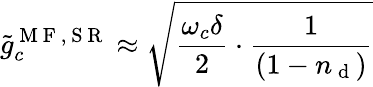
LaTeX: \tilde{g}_{c}^{\mathrm{~M~F~,~S~R~}}\approx\sqrt{\frac{\omega_{c}\delta}{2}\cdot\frac{1}{(1-n_{\mathrm{~d~}})}}